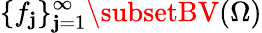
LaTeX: \{ f_{\mathbf{j}}\} _{\mathbf{j}=1}^{\infty}\subsetBV(\Omega)